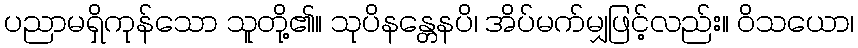
ပညာမရှိကုန်သော သူတို့၏။ သုပိနန္တေနပိ၊ အိပ်မက်မျှဖြင့်လည်း။ ဝိသယော၊